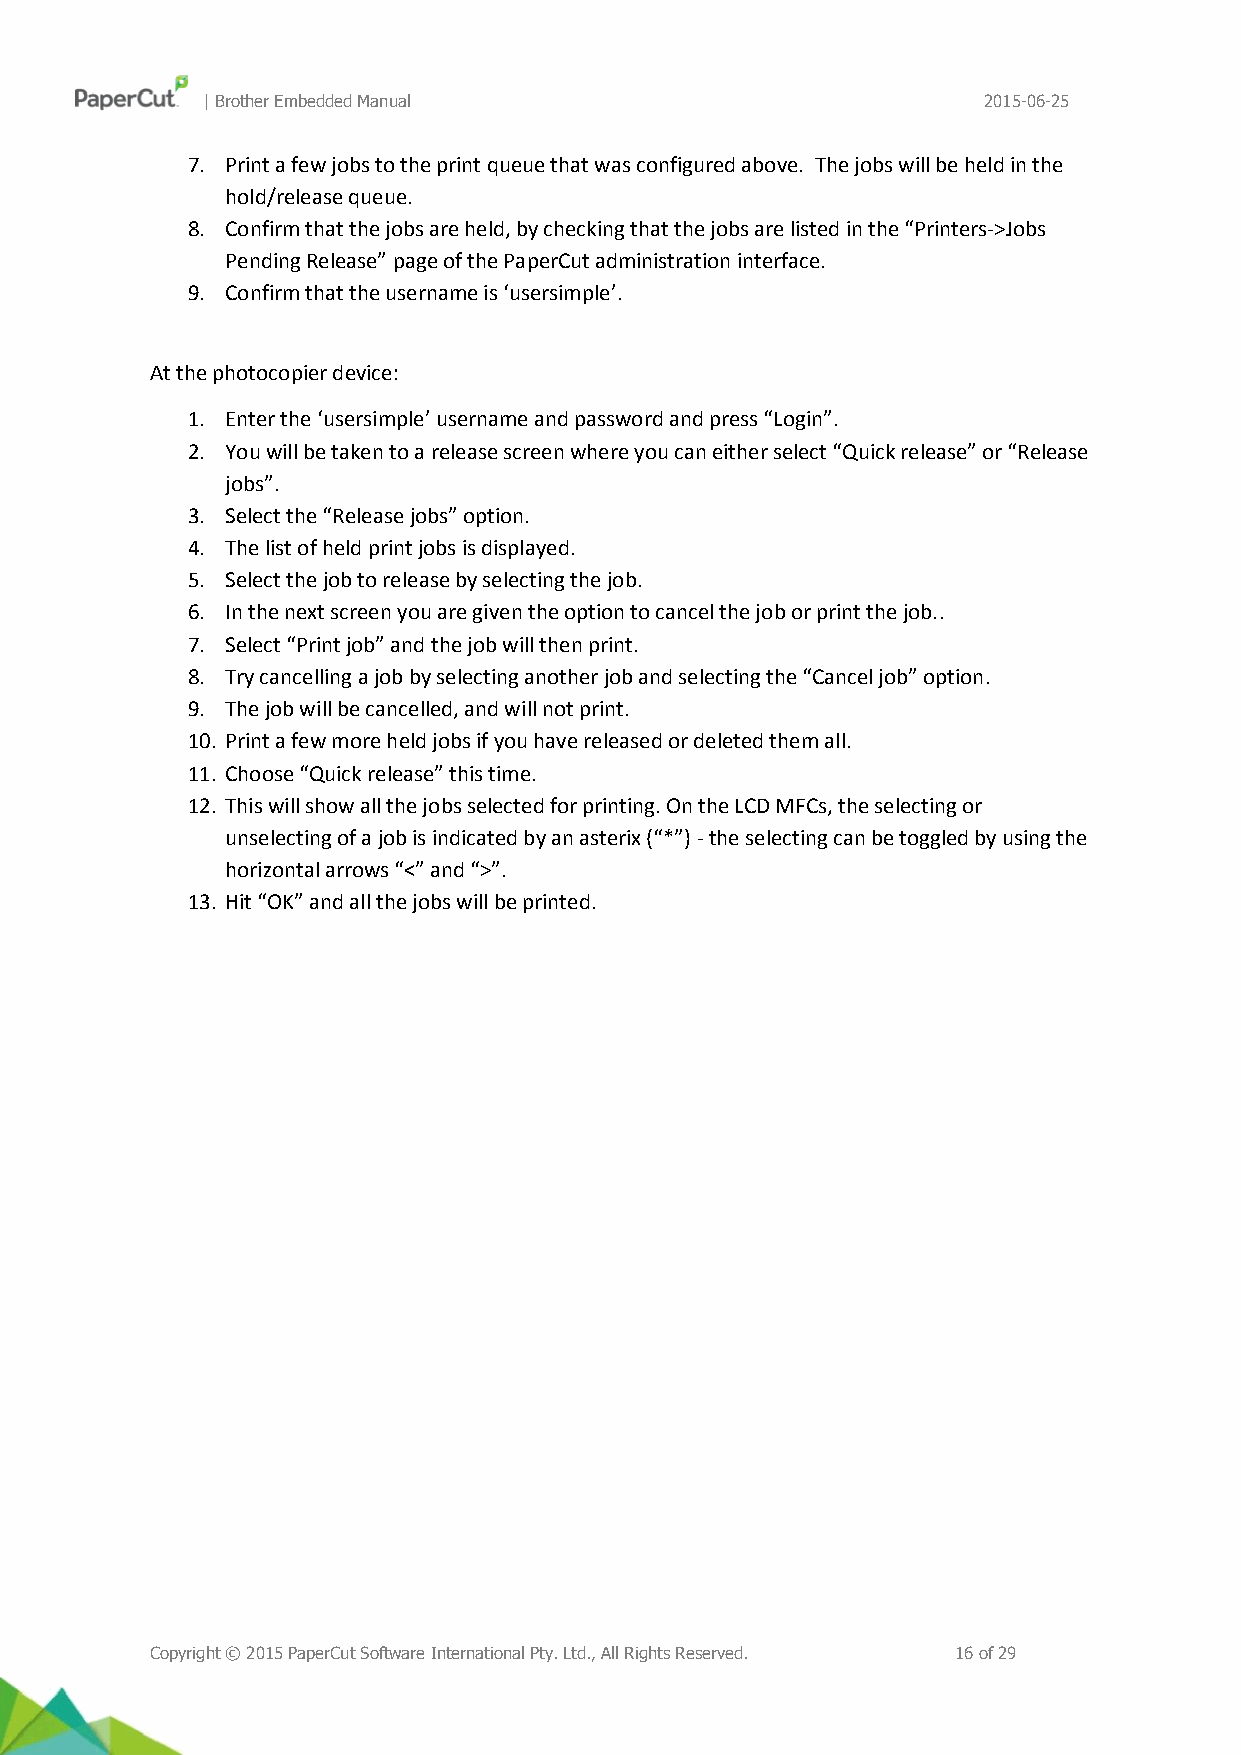
| Brother Embedded Manual                           2015-06-25
 7. Print a few jobs to the print queue that was configured above. The jobs will be held in the
 hold/release queue.
 8. Confirm that the jobs are held, by checking that the jobs are listed in the “Printers->Jobs
 Pending Release” page of the PaperCut administration interface.
 9. Confirm that the username is ‘usersimple’.
 At the photocopier device:
 1. Enter the ‘usersimple’ username and password and press “Login”.
 2. You will be taken to a release screen where you can either select “Quick release” or “Release
 jobs”.
 3. Select the “Release jobs” option.
 4. The list of held print jobs is displayed.
 5. Select the job to release by selecting the job.
 6. In the next screen you are given the option to cancel the job or print the job..
 7. Select “Print job” and the job will then print.
 8. Try cancelling a job by selecting another job and selecting the “Cancel job” option.
 9. The job will be cancelled, and will not print.
 10. Print a few more held jobs if you have released or deleted them all.
 11. Choose “Quick release” this time.
 12. This will show all the jobs selected for printing. On the LCD MFCs, the selecting or
 unselecting of a job is indicated by an asterix (“*”) - the selecting can be toggled by using the
 horizontal arrows “<” and “>”.
 13. Hit “OK” and all the jobs will be printed.
 Copyright © 2015 PaperCut Software International Pty. Ltd., All Rights Reserved. 16 of 29